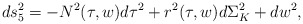
\begin{align*}ds_5^2 = -N^2(\tau,w)d\tau^2 + r^2(\tau,w)d\Sigma^2_K + dw^2,\end{align*}